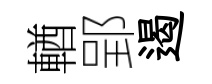
輶郢遏